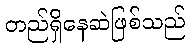
တည်ရှိနေဆဲဖြစ်သည်